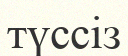
түссіз